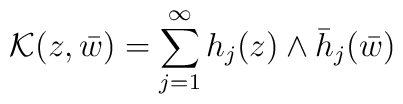
{\cal K}(z, \bar w)=\sum_{j=1}^{\infty}h_j(z)\wedge\bar h_j(\bar w)